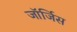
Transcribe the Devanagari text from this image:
जॉर्जिस